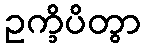
ဥက္ခိပိတွာ